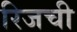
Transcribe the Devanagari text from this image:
रिजची